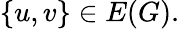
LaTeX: \{ u,v\} \in E(G).